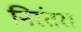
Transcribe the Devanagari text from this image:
निरंतरा